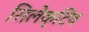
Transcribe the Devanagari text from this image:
सिलेक्टिव